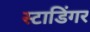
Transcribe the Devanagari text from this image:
स्टाडिंगर